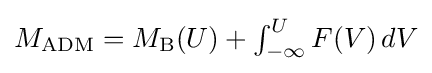
{\textstyle M_{\text{ADM}}=M_{\text{B}}(U)+\int _{-\infty }^{U}F(V)\,dV}